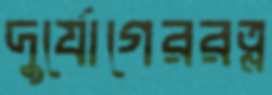
দুর্যোগেররত্ন